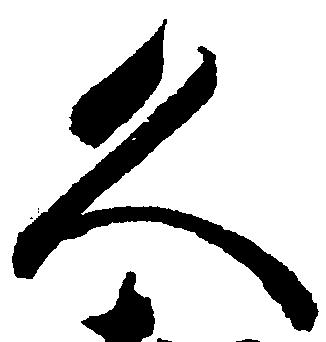
久